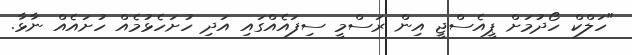
"ހަލްކް ހޯދުމަށް ޕީއެސްޖީ އިން ރަސްމީ ސިފައެއްގައި އަދި ހުށަހެޅުމެއް ހުށައެއް ނާޅާ.